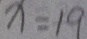
x = 1 9